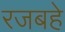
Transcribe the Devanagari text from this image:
रजबहे